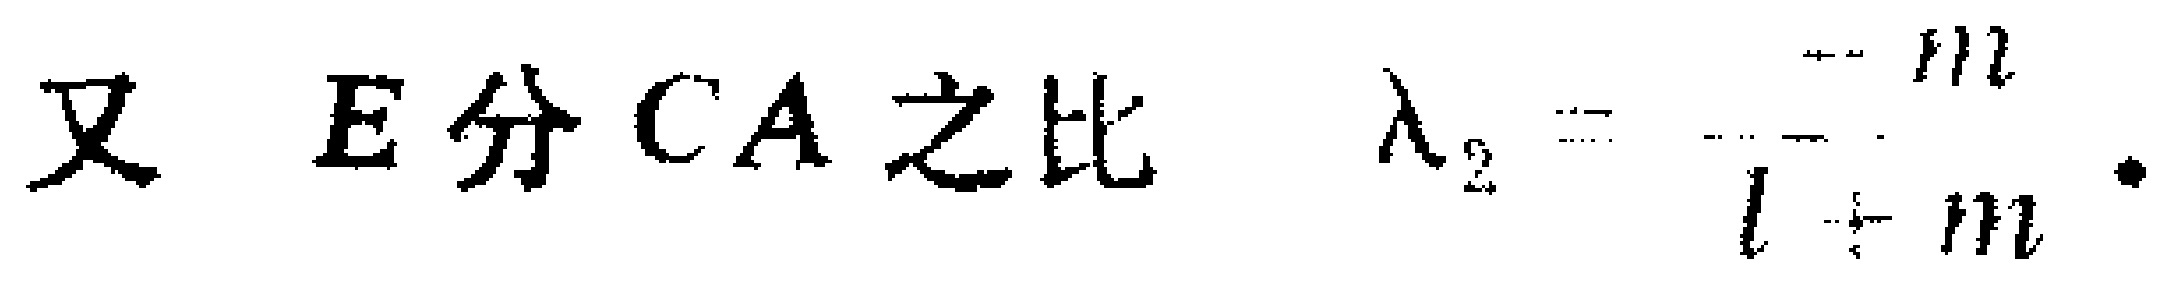
又 \(E\) 分 \(CA\) 之比 \(\lambda_{2}=-\frac{m}{l + m}\).